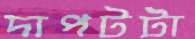
দাপটটা